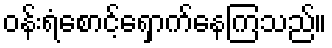
ဝန်းရံစောင့်ရှောက်နေကြသည်။